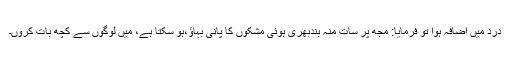
درد میں اضافہ ہوا تو فرمایا: مجھ پر سات منہ بندبھری ہوئی مشکوں کا پانی بہاؤ،ہو سکتا ہے، میں لوگوں سے کچھ بات کروں۔